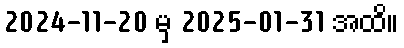
2024-11-20 မှ 2025-01-31 အထိ။